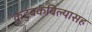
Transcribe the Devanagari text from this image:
कुटुंबकबिल्यासह